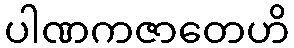
ပါဏကဇာတေဟိ